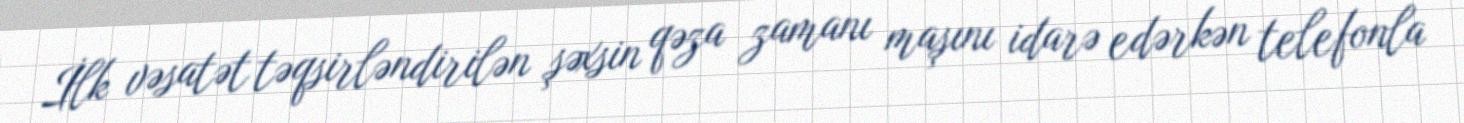
İlk vəsatət təqsirləndirilən şəxsin qəza zamanı maşını idarə edərkən telefonla